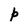
Character: p